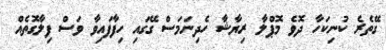
ގޭތެރެ ކުނިކަހާ ދޮވެ މޮޕްލާ ރިޔާޝާ ހެދިނަމަސް ގޭގައި ހިފާފައިވާ ވަސް ފިލާގޮތެއް